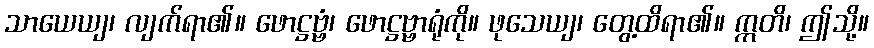
သာယေယျ၊ လျက်ရာ၏။ ဖောဋ္ဌဗ္ဗံ၊ ဖောဋ္ဌဗ္ဗာရုံကို။ ဖုသေယျ၊ တွေ့ထိရာ၏။ ဣတိ၊ ဤသို့။